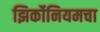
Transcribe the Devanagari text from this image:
झिर्कोनियमचा